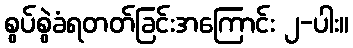
စွပ်စွဲခံရတတ်ခြင်းအကြောင်း ၂-ပါး။